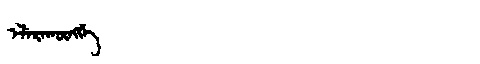
Manchu: ᡝᠯᡝᡵᠠᡴᡡᠩᡤᡝ
Romanization: ELERAKŪNGGE